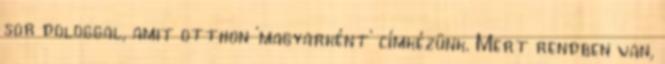
sor dologgal, amit otthon ‘magyarként’ címkézünk. Mert rendben van,